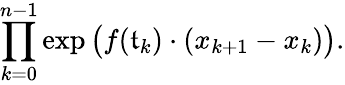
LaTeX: \prod_{k=0}^{n-1}\exp{\big(}f(\mathfrak{t}_{k})\cdot(x_{k+1}-x_{k}){\big)}.